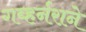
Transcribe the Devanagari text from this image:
गव्हर्नराने